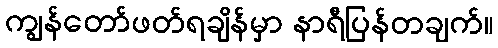
ကျွန်တော်ဖတ်ရချိန်မှာ နာရီပြန်တချက်။